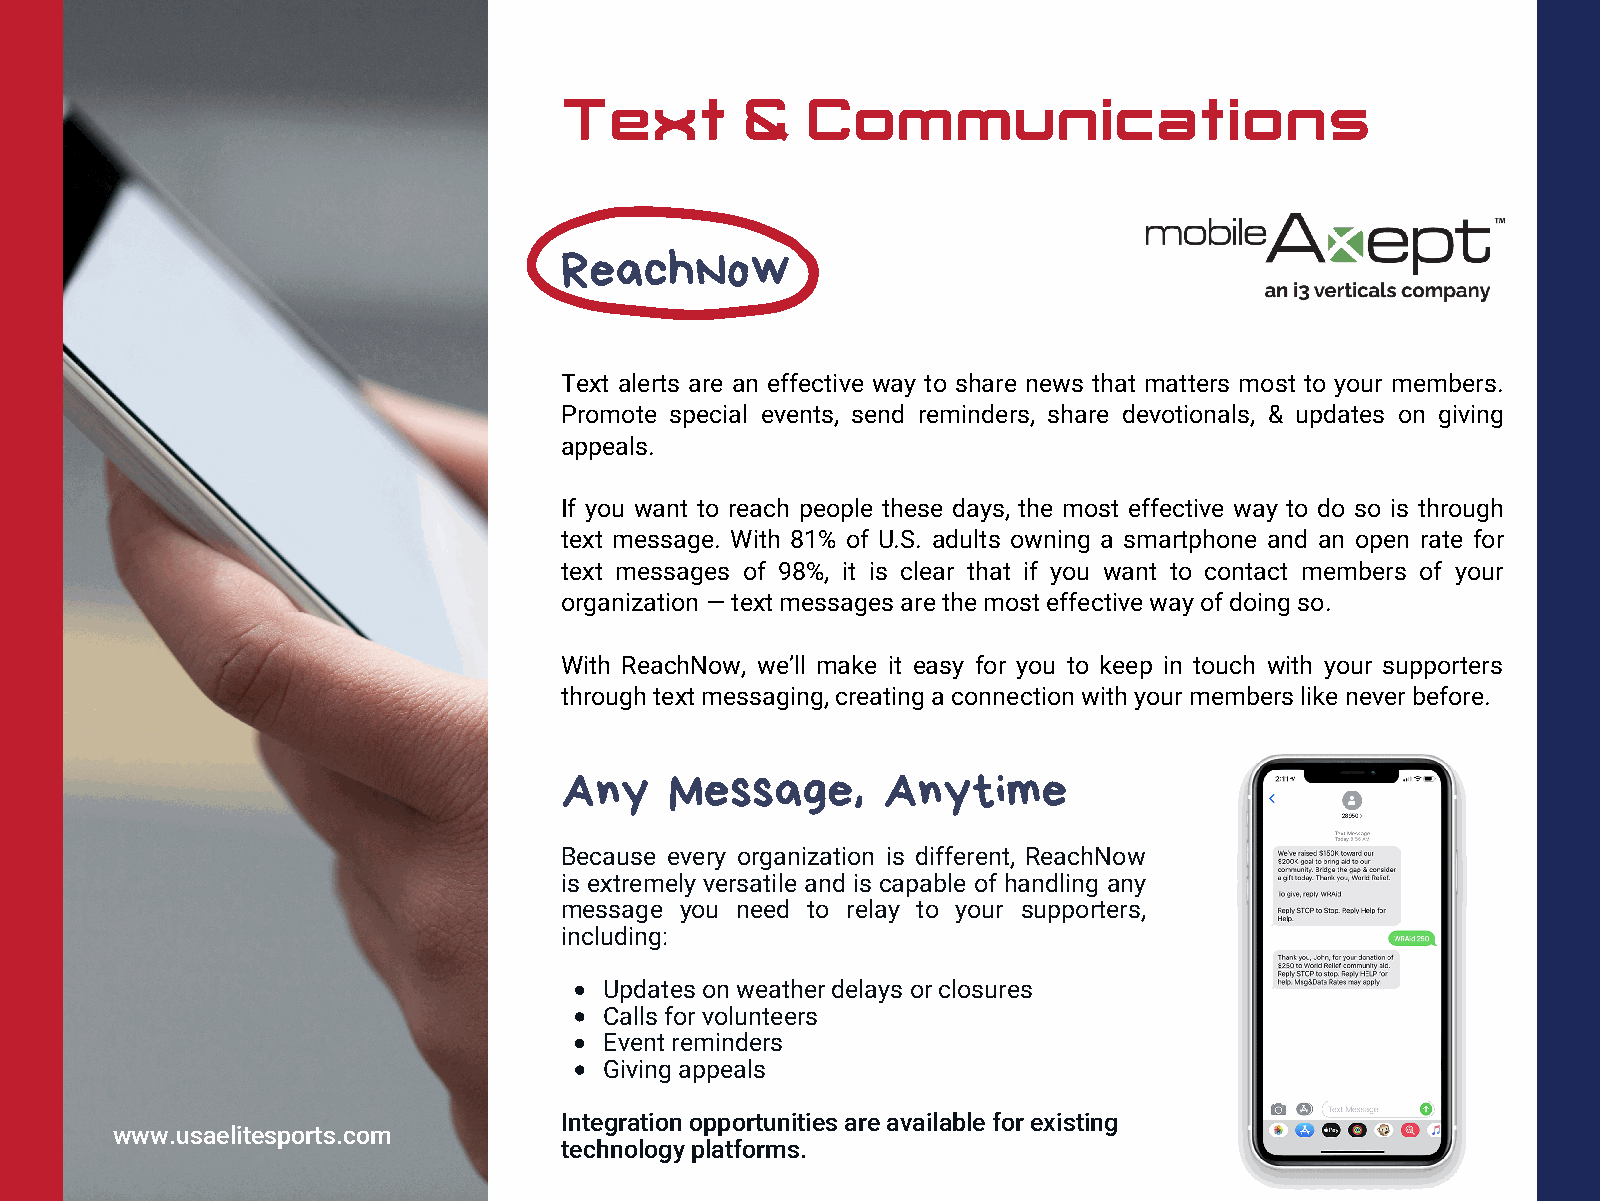
Text        &   Communications
 ReachNow
 Text alerts are an effective way to share news that matters most to your members.
 Promote special events, send reminders, share devotionals, & updates on giving
 appeals.
 If you want to reach people these days, the most effective way to do so is through
 text message. With 81% of U.S. adults owning a smartphone and an open rate for
 text messages of 98%, it is clear that if you want to contact members of your
 organization — text messages are the most effective way of doing so.
 With ReachNow, we’ll make it easy for you to keep in touch with your supporters
 through text messaging, creating a connection with your members like never before.
 Any    Message,      Anytime
 Because every organization is different, ReachNow
 is extremely versatile and is capable of handling any
 message you need to relay to your supporters,
 including:
 Updates on weather delays or closures
 Calls for volunteers
 Event reminders
 Giving appeals
 Integration opportunities are available for existing
 www.usaelitesports.com
 technology platforms.